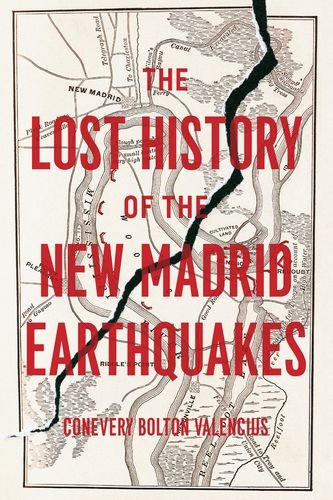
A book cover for The Lost History of the New Madrid Earthquakes; Conevery Bolton Valencius; Science & Math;